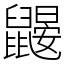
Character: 鼹